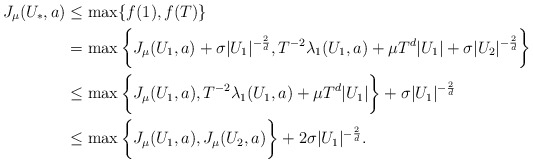
\begin{align*} J_\mu(U_*,a) &\leq \max\{f(1),f(T)\}\\ & = \max\bigg\{J_\mu(U_1,a)+\sigma|U_1|^{-\frac{2}{d}},T^{-2}\lambda_1(U_1,a) + \mu T^{d}|U_1|+\sigma|U_2|^{-\frac{2}{d}}\bigg\} \\ &\leq\max\bigg\{J_\mu(U_1,a),T^{-2}\lambda_1(U_1,a)+ \mu T^{d}|U_1|\bigg\} + \sigma |U_1|^{-\frac{2}{d}} \\ &\leq\max\bigg\{J_\mu(U_1,a),J_\mu(U_2,a)\bigg\}+2 \sigma |U_1|^{-\frac{2}{d}}. \end{align*}